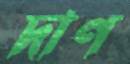
দাণ